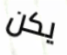
يكن